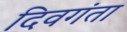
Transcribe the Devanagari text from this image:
दिवगंता